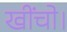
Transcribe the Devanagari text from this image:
खींचो।